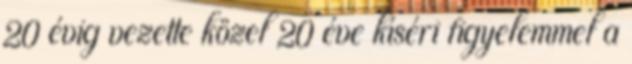
20 évig vezette közel 20 éve kíséri figyelemmel a